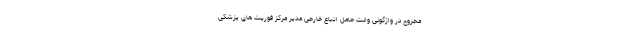
مجروح در واژگونی وانت حامل اتباع خارجی مدیر مرکز فوریت های پزشکی